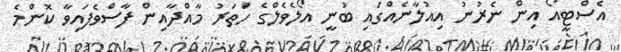
އެސްޓީއޯ އިން ނެރުނު އިއުލާނެއްގައި ބުނީ އޯލެވެލްގެ ހަތަރު މާއްދާއިން ފާސްވެފައިވާ ކޮންމެ